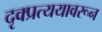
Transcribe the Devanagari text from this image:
दृक्प्रत्ययावरून